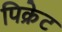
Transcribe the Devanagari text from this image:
पिक्रेट